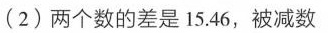
(2) 两个数的差是15.46，被减数